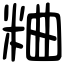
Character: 粬